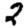
Digit: 2